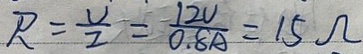
P = \frac { U } { I } = \frac { 1 2 U } { 0 . 8 A } = 1 5 \Omega